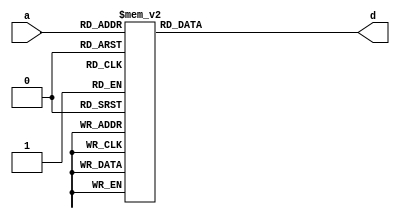
/////////////////////////////////////////////////////////////////////
////                                                             ////
////  AES SBOX (ROM)                                             ////
////                                                             ////
////                                                             ////
////          rudi@asics.ws                                      ////
////                                                             ////
////                                                             ////
////  Downloaded from: http://www.opencores.org/cores/aes_core/  ////
////                                                             ////
/////////////////////////////////////////////////////////////////////
////                                                             ////
//// Copyright (C) 2000-2002 Rudolf Usselmann                    ////
////                         www.asics.ws                        ////
////                         rudi@asics.ws                       ////
////                                                             ////
//// This source file may be used and distributed without        ////
//// restriction provided that this copyright statement is not   ////
//// removed from the file and that any derivative work contains ////
//// the original copyright notice and the associated disclaimer.////
////                                                             ////
////     THIS SOFTWARE IS PROVIDED ``AS IS'' AND WITHOUT ANY     ////
//// EXPRESS OR IMPLIED WARRANTIES, INCLUDING, BUT NOT LIMITED   ////
//// TO, THE IMPLIED WARRANTIES OF MERCHANTABILITY AND FITNESS   ////
//// FOR A PARTICULAR PURPOSE. IN NO EVENT SHALL THE AUTHOR      ////
//// OR CONTRIBUTORS BE LIABLE FOR ANY DIRECT, INDIRECT,         ////
//// INCIDENTAL, SPECIAL, EXEMPLARY, OR CONSEQUENTIAL DAMAGES    ////
//// (INCLUDING, BUT NOT LIMITED TO, PROCUREMENT OF SUBSTITUTE   ////
//// GOODS OR SERVICES; LOSS OF USE, DATA, OR PROFITS; OR        ////
//// BUSINESS INTERRUPTION) HOWEVER CAUSED AND ON ANY THEORY OF  ////
//// LIABILITY, WHETHER IN  CONTRACT, STRICT LIABILITY, OR TORT  ////
//// (INCLUDING NEGLIGENCE OR OTHERWISE) ARISING IN ANY WAY OUT  ////
//// OF THE USE OF THIS SOFTWARE, EVEN IF ADVISED OF THE         ////
//// POSSIBILITY OF SUCH DAMAGE.                                 ////
////                                                             ////
/////////////////////////////////////////////////////////////////////


`timescale 1 ns/1 ps


module aes_sbox(a,d);
input	[7:0]	a;
output	[7:0]	d;
reg	[7:0]	d;

always @(a)
	case(a)		// synopsys full_case parallel_case
	   8'h00: d=8'h63;
	   8'h01: d=8'h7c;
	   8'h02: d=8'h77;
	   8'h03: d=8'h7b;
	   8'h04: d=8'hf2;
	   8'h05: d=8'h6b;
	   8'h06: d=8'h6f;
	   8'h07: d=8'hc5;
	   8'h08: d=8'h30;
	   8'h09: d=8'h01;
	   8'h0a: d=8'h67;
	   8'h0b: d=8'h2b;
	   8'h0c: d=8'hfe;
	   8'h0d: d=8'hd7;
	   8'h0e: d=8'hab;
	   8'h0f: d=8'h76;
	   8'h10: d=8'hca;
	   8'h11: d=8'h82;
	   8'h12: d=8'hc9;
	   8'h13: d=8'h7d;
	   8'h14: d=8'hfa;
	   8'h15: d=8'h59;
	   8'h16: d=8'h47;
	   8'h17: d=8'hf0;
	   8'h18: d=8'had;
	   8'h19: d=8'hd4;
	   8'h1a: d=8'ha2;
	   8'h1b: d=8'haf;
	   8'h1c: d=8'h9c;
	   8'h1d: d=8'ha4;
	   8'h1e: d=8'h72;
	   8'h1f: d=8'hc0;
	   8'h20: d=8'hb7;
	   8'h21: d=8'hfd;
	   8'h22: d=8'h93;
	   8'h23: d=8'h26;
	   8'h24: d=8'h36;
	   8'h25: d=8'h3f;
	   8'h26: d=8'hf7;
	   8'h27: d=8'hcc;
	   8'h28: d=8'h34;
	   8'h29: d=8'ha5;
	   8'h2a: d=8'he5;
	   8'h2b: d=8'hf1;
	   8'h2c: d=8'h71;
	   8'h2d: d=8'hd8;
	   8'h2e: d=8'h31;
	   8'h2f: d=8'h15;
	   8'h30: d=8'h04;
	   8'h31: d=8'hc7;
	   8'h32: d=8'h23;
	   8'h33: d=8'hc3;
	   8'h34: d=8'h18;
	   8'h35: d=8'h96;
	   8'h36: d=8'h05;
	   8'h37: d=8'h9a;
	   8'h38: d=8'h07;
	   8'h39: d=8'h12;
	   8'h3a: d=8'h80;
	   8'h3b: d=8'he2;
	   8'h3c: d=8'heb;
	   8'h3d: d=8'h27;
	   8'h3e: d=8'hb2;
	   8'h3f: d=8'h75;
	   8'h40: d=8'h09;
	   8'h41: d=8'h83;
	   8'h42: d=8'h2c;
	   8'h43: d=8'h1a;
	   8'h44: d=8'h1b;
	   8'h45: d=8'h6e;
	   8'h46: d=8'h5a;
	   8'h47: d=8'ha0;
	   8'h48: d=8'h52;
	   8'h49: d=8'h3b;
	   8'h4a: d=8'hd6;
	   8'h4b: d=8'hb3;
	   8'h4c: d=8'h29;
	   8'h4d: d=8'he3;
	   8'h4e: d=8'h2f;
	   8'h4f: d=8'h84;
	   8'h50: d=8'h53;
	   8'h51: d=8'hd1;
	   8'h52: d=8'h00;
	   8'h53: d=8'hed;
	   8'h54: d=8'h20;
	   8'h55: d=8'hfc;
	   8'h56: d=8'hb1;
	   8'h57: d=8'h5b;
	   8'h58: d=8'h6a;
	   8'h59: d=8'hcb;
	   8'h5a: d=8'hbe;
	   8'h5b: d=8'h39;
	   8'h5c: d=8'h4a;
	   8'h5d: d=8'h4c;
	   8'h5e: d=8'h58;
	   8'h5f: d=8'hcf;
	   8'h60: d=8'hd0;
	   8'h61: d=8'hef;
	   8'h62: d=8'haa;
	   8'h63: d=8'hfb;
	   8'h64: d=8'h43;
	   8'h65: d=8'h4d;
	   8'h66: d=8'h33;
	   8'h67: d=8'h85;
	   8'h68: d=8'h45;
	   8'h69: d=8'hf9;
	   8'h6a: d=8'h02;
	   8'h6b: d=8'h7f;
	   8'h6c: d=8'h50;
	   8'h6d: d=8'h3c;
	   8'h6e: d=8'h9f;
	   8'h6f: d=8'ha8;
	   8'h70: d=8'h51;
	   8'h71: d=8'ha3;
	   8'h72: d=8'h40;
	   8'h73: d=8'h8f;
	   8'h74: d=8'h92;
	   8'h75: d=8'h9d;
	   8'h76: d=8'h38;
	   8'h77: d=8'hf5;
	   8'h78: d=8'hbc;
	   8'h79: d=8'hb6;
	   8'h7a: d=8'hda;
	   8'h7b: d=8'h21;
	   8'h7c: d=8'h10;
	   8'h7d: d=8'hff;
	   8'h7e: d=8'hf3;
	   8'h7f: d=8'hd2;
	   8'h80: d=8'hcd;
	   8'h81: d=8'h0c;
	   8'h82: d=8'h13;
	   8'h83: d=8'hec;
	   8'h84: d=8'h5f;
	   8'h85: d=8'h97;
	   8'h86: d=8'h44;
	   8'h87: d=8'h17;
	   8'h88: d=8'hc4;
	   8'h89: d=8'ha7;
	   8'h8a: d=8'h7e;
	   8'h8b: d=8'h3d;
	   8'h8c: d=8'h64;
	   8'h8d: d=8'h5d;
	   8'h8e: d=8'h19;
	   8'h8f: d=8'h73;
	   8'h90: d=8'h60;
	   8'h91: d=8'h81;
	   8'h92: d=8'h4f;
	   8'h93: d=8'hdc;
	   8'h94: d=8'h22;
	   8'h95: d=8'h2a;
	   8'h96: d=8'h90;
	   8'h97: d=8'h88;
	   8'h98: d=8'h46;
	   8'h99: d=8'hee;
	   8'h9a: d=8'hb8;
	   8'h9b: d=8'h14;
	   8'h9c: d=8'hde;
	   8'h9d: d=8'h5e;
	   8'h9e: d=8'h0b;
	   8'h9f: d=8'hdb;
	   8'ha0: d=8'he0;
	   8'ha1: d=8'h32;
	   8'ha2: d=8'h3a;
	   8'ha3: d=8'h0a;
	   8'ha4: d=8'h49;
	   8'ha5: d=8'h06;
	   8'ha6: d=8'h24;
	   8'ha7: d=8'h5c;
	   8'ha8: d=8'hc2;
	   8'ha9: d=8'hd3;
	   8'haa: d=8'hac;
	   8'hab: d=8'h62;
	   8'hac: d=8'h91;
	   8'had: d=8'h95;
	   8'hae: d=8'he4;
	   8'haf: d=8'h79;
	   8'hb0: d=8'he7;
	   8'hb1: d=8'hc8;
	   8'hb2: d=8'h37;
	   8'hb3: d=8'h6d;
	   8'hb4: d=8'h8d;
	   8'hb5: d=8'hd5;
	   8'hb6: d=8'h4e;
	   8'hb7: d=8'ha9;
	   8'hb8: d=8'h6c;
	   8'hb9: d=8'h56;
	   8'hba: d=8'hf4;
	   8'hbb: d=8'hea;
	   8'hbc: d=8'h65;
	   8'hbd: d=8'h7a;
	   8'hbe: d=8'hae;
	   8'hbf: d=8'h08;
	   8'hc0: d=8'hba;
	   8'hc1: d=8'h78;
	   8'hc2: d=8'h25;
	   8'hc3: d=8'h2e;
	   8'hc4: d=8'h1c;
	   8'hc5: d=8'ha6;
	   8'hc6: d=8'hb4;
	   8'hc7: d=8'hc6;
	   8'hc8: d=8'he8;
	   8'hc9: d=8'hdd;
	   8'hca: d=8'h74;
	   8'hcb: d=8'h1f;
	   8'hcc: d=8'h4b;
	   8'hcd: d=8'hbd;
	   8'hce: d=8'h8b;
	   8'hcf: d=8'h8a;
	   8'hd0: d=8'h70;
	   8'hd1: d=8'h3e;
	   8'hd2: d=8'hb5;
	   8'hd3: d=8'h66;
	   8'hd4: d=8'h48;
	   8'hd5: d=8'h03;
	   8'hd6: d=8'hf6;
	   8'hd7: d=8'h0e;
	   8'hd8: d=8'h61;
	   8'hd9: d=8'h35;
	   8'hda: d=8'h57;
	   8'hdb: d=8'hb9;
	   8'hdc: d=8'h86;
	   8'hdd: d=8'hc1;
	   8'hde: d=8'h1d;
	   8'hdf: d=8'h9e;
	   8'he0: d=8'he1;
	   8'he1: d=8'hf8;
	   8'he2: d=8'h98;
	   8'he3: d=8'h11;
	   8'he4: d=8'h69;
	   8'he5: d=8'hd9;
	   8'he6: d=8'h8e;
	   8'he7: d=8'h94;
	   8'he8: d=8'h9b;
	   8'he9: d=8'h1e;
	   8'hea: d=8'h87;
	   8'heb: d=8'he9;
	   8'hec: d=8'hce;
	   8'hed: d=8'h55;
	   8'hee: d=8'h28;
	   8'hef: d=8'hdf;
	   8'hf0: d=8'h8c;
	   8'hf1: d=8'ha1;
	   8'hf2: d=8'h89;
	   8'hf3: d=8'h0d;
	   8'hf4: d=8'hbf;
	   8'hf5: d=8'he6;
	   8'hf6: d=8'h42;
	   8'hf7: d=8'h68;
	   8'hf8: d=8'h41;
	   8'hf9: d=8'h99;
	   8'hfa: d=8'h2d;
	   8'hfb: d=8'h0f;
	   8'hfc: d=8'hb0;
	   8'hfd: d=8'h54;
	   8'hfe: d=8'hbb;
	   8'hff: d=8'h16;
	endcase

endmodule